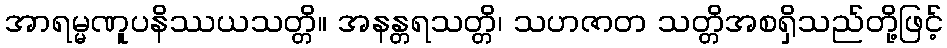
အာရမ္မဏူပနိဿယသတ္တိ။ အနန္တရသတ္တိ၊ သဟဇာတ သတ္တိအစရှိသည်တို့ဖြင့်